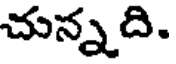
చున్నది.